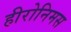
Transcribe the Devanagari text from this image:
हीरोनिमस